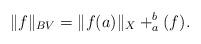
LaTeX: \begin{align*}\|f\|_{BV}=\|f(a)\|_{X}+_{a}^{b}(f).\end{align*}